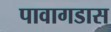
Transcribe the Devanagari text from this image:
पावागडास